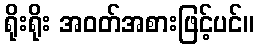
ရိုးရိုး အဝတ်အစားဖြင့်ပင်။